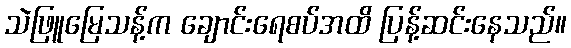
သဲဖြူမြေသန့်က ချောင်းရေစပ်အထိ ပြန့်ဆင်းနေသည်။